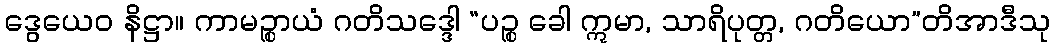
ဒွေယေဝ နိဋ္ဌာ။ ကာမဉ္စာယံ ဂတိသဒ္ဒေါ “ပဉ္စ ခေါ ဣမာ, သာရိပုတ္တ, ဂတိယော”တိအာဒီသု